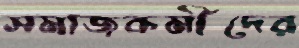
সমাজকর্মীদের